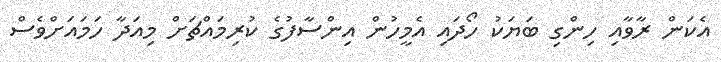
އެކަން ރާވާއި ހިންގި ބަޔަކު ހޯދައި އެމީހުން އިންސާފުގެ ކުރިމައްޗަށް މިއަދާ ހަމައަށްވެސް